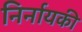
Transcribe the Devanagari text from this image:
निर्नायकी